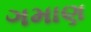
ગમાણ